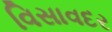
વિસાવદર